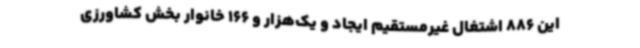
این 886 اشتغال غیرمستقیم ایجاد و یک‌هزار و 166 خانوار بخش کشاورزی